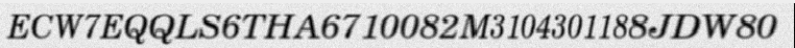
ECW7EQQLS6THA6710082M3104301188JDW80